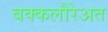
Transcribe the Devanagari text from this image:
बक्कलौरेअत